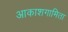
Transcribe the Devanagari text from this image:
आकाशगामिता